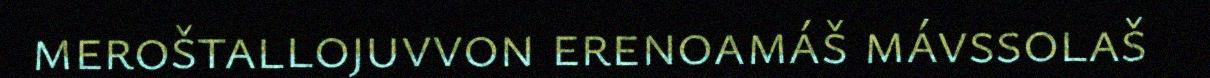
meroštallojuvvon erenoamáš mávssolaš